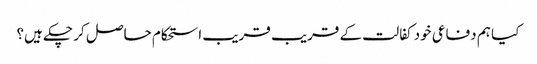
کیا ہم دفاعی خود کفالت کے قریب قریب استحکام حاصل کر چکے ہیں؟